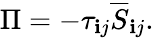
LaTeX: \Pi=-\tau_{\mathbf{i}j}\overline{{S}}_{\mathbf{i}j}.